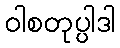
ဝါစတုပ္ပါဒါ